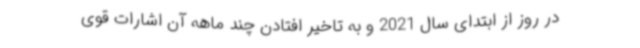
در روز از ابتدای سال 2021 و به تاخیر افتادن چند ماهه آن اشارات قوی